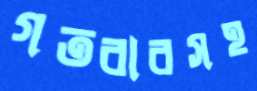
গতবারসহ